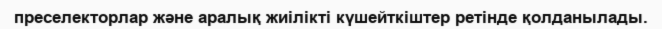
преселекторлар және аралық жиілікті күшейткіштер ретінде қолданылады.